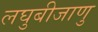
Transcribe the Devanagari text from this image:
लघुबीजाणु